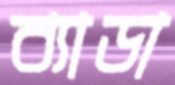
ব্যাডা